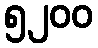
၅၂၀၀